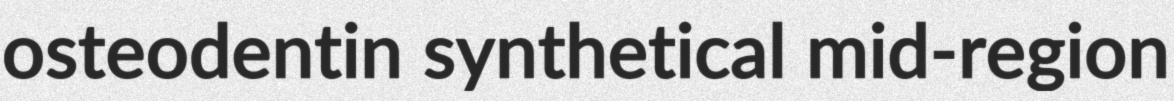
osteodentin synthetical mid-region